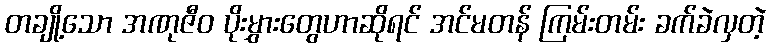
တချို့သော အဏုဇီဝ ပိုးမွှားတွေဟာဆိုရင် အင်မတန် ကြမ်းတမ်း ခက်ခဲလှတဲ့